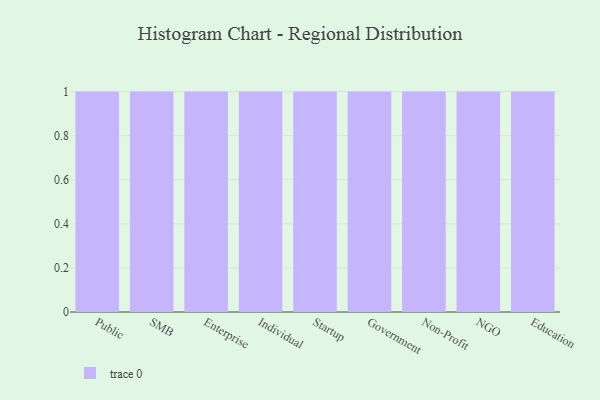
{"axis": {"x": "Segment", "y": "Latency (ms)"}, "legend": [""], "data": [{"x": "Public", "y": 81, "type": ""}, {"x": "SMB", "y": 83, "type": ""}, {"x": "Enterprise", "y": 10, "type": ""}, {"x": "Individual", "y": 33, "type": ""}, {"x": "Startup", "y": 40, "type": ""}, {"x": "Government", "y": 33, "type": ""}, {"x": "Non-Profit", "y": 34, "type": ""}, {"x": "NGO", "y": 1, "type": ""}, {"x": "Education", "y": 7, "type": ""}]}